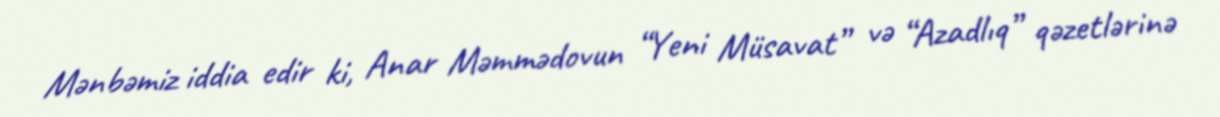
Mənbəmiz iddia edir ki, Anar Məmmədovun “Yeni Müsavat” və “Azadlıq” qəzetlərinə